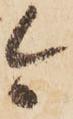
今